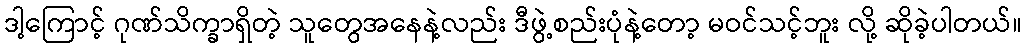
ဒါ့ကြောင့် ဂုဏ်သိက္ခာရှိတဲ့ သူတွေအနေနဲ့လည်း ဒီဖွဲ့စည်းပုံနဲ့တော့ မဝင်သင့်ဘူး လို့ ဆိုခဲ့ပါတယ်။